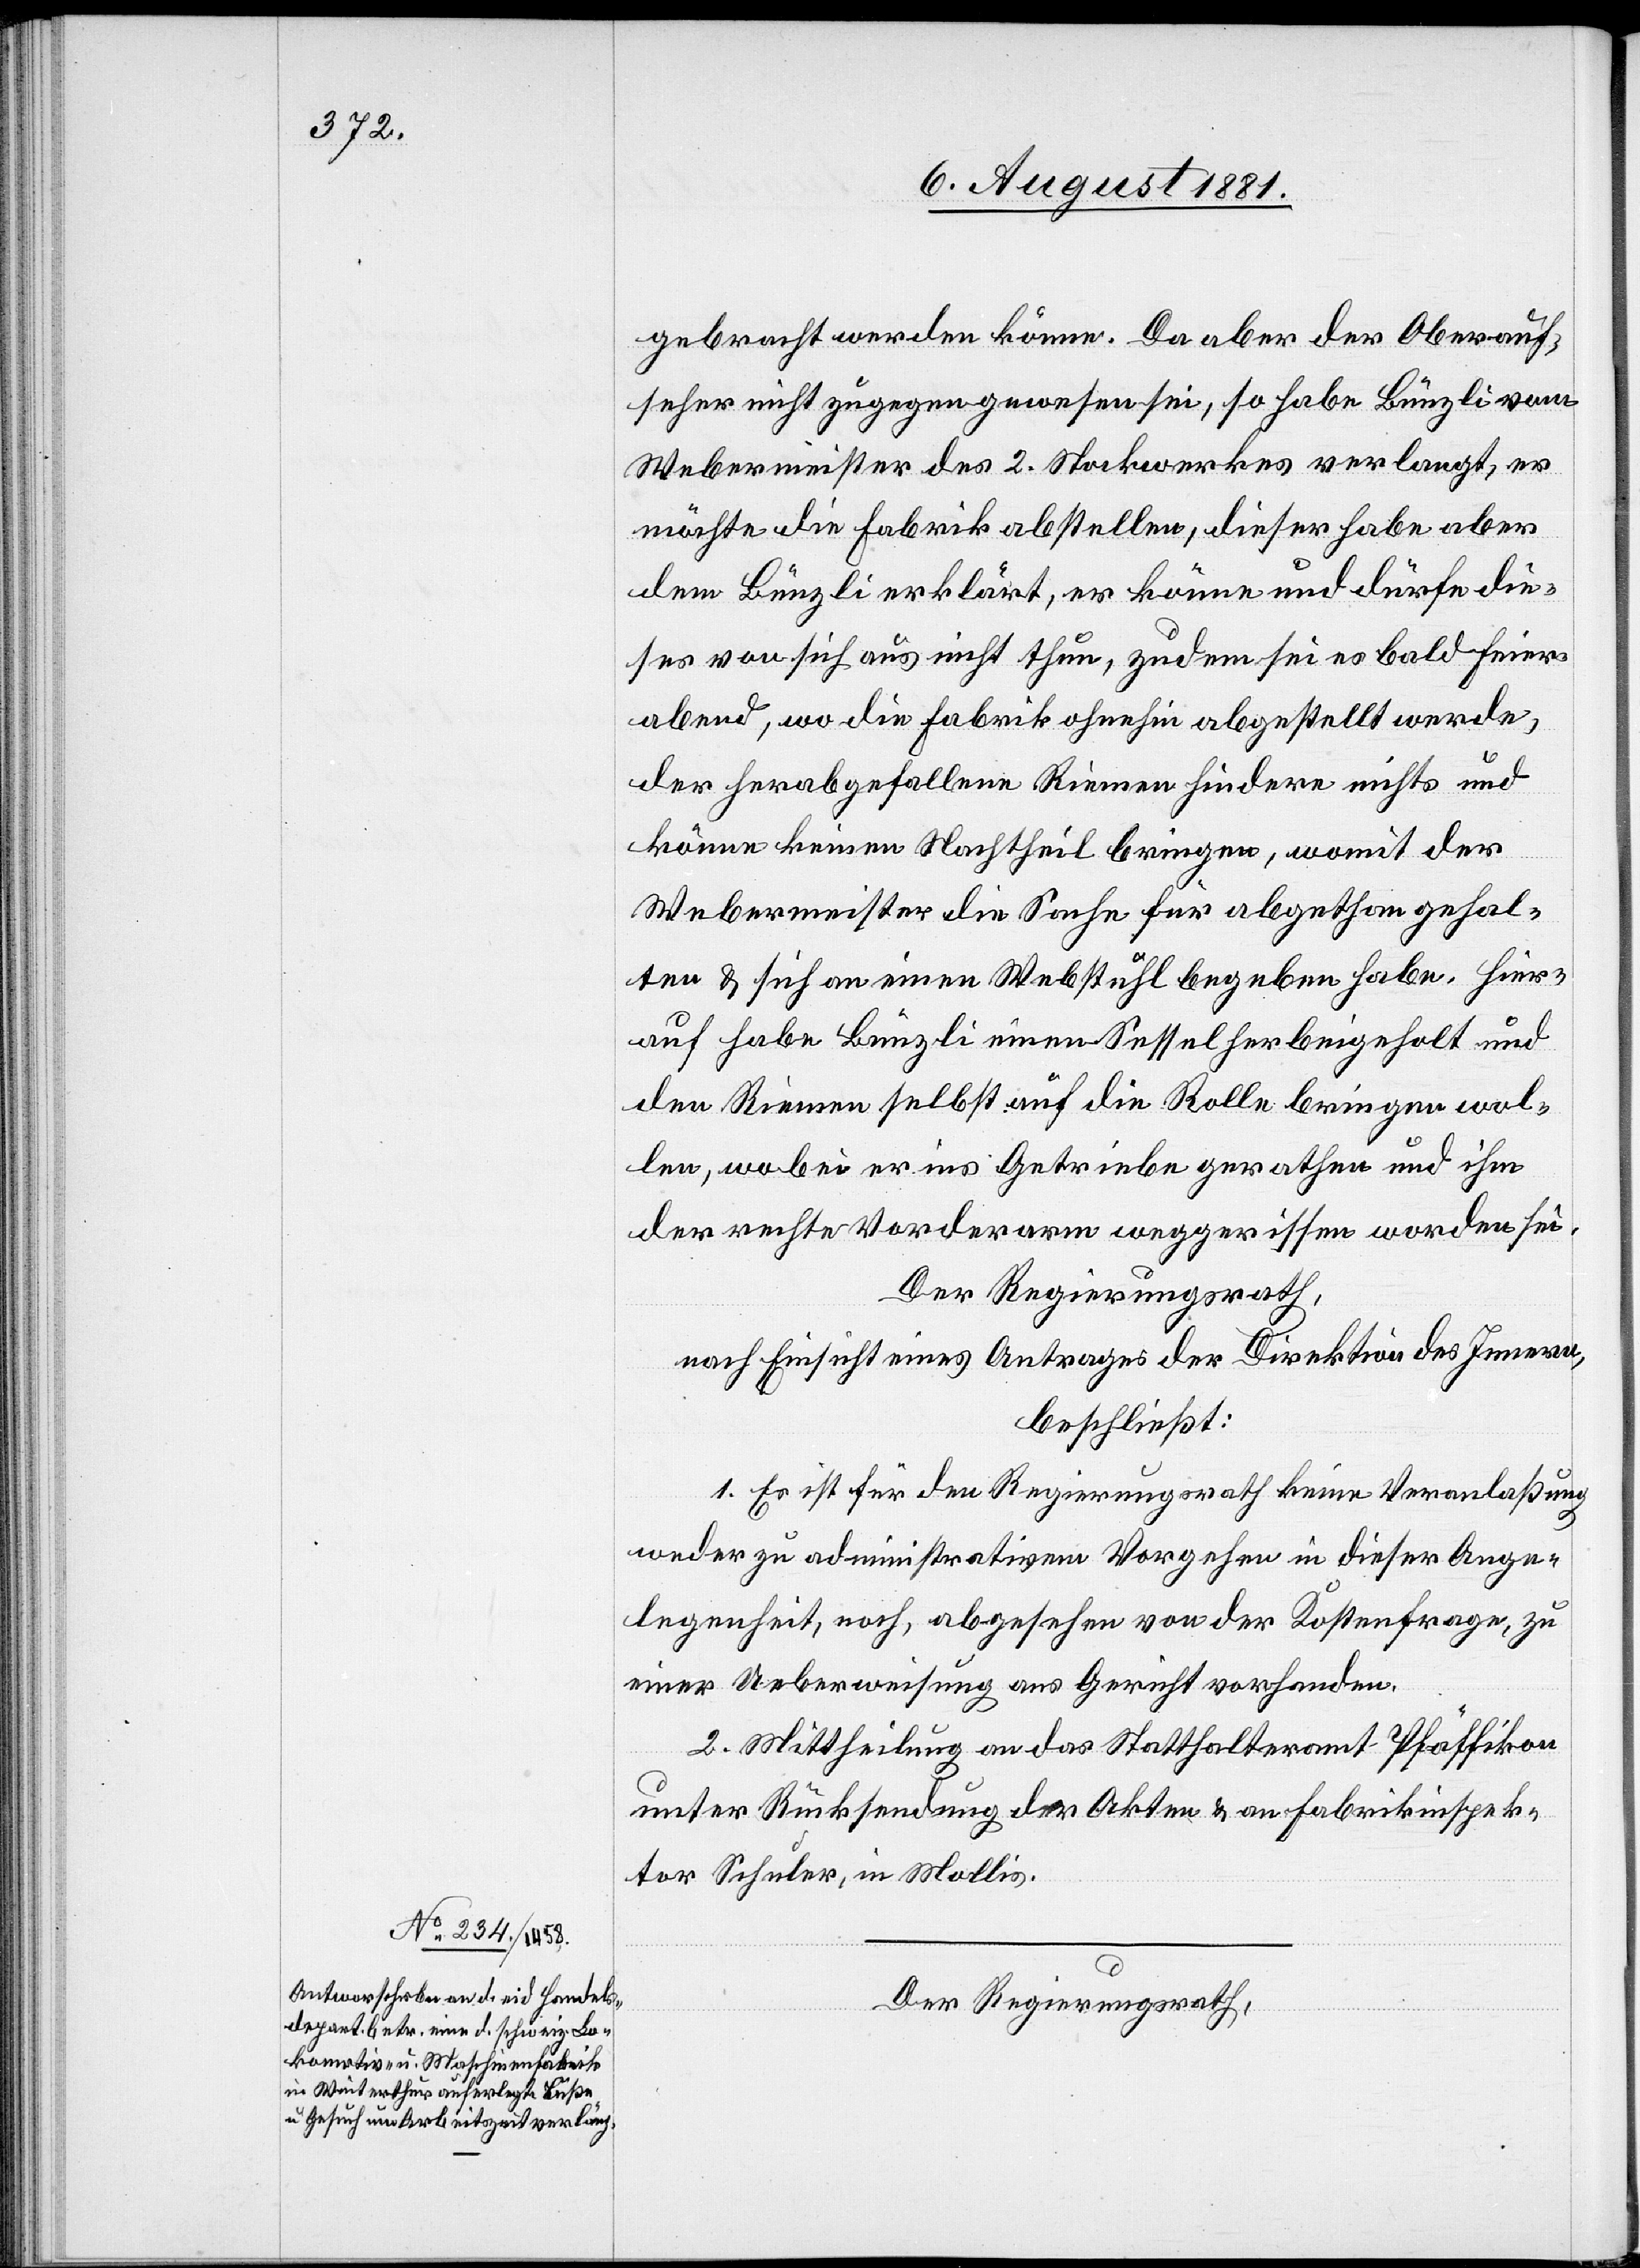
gebracht werden könne. Da aber der Oberauf¬
seher nicht zugegen gewesen sei, so habe Bünzli vom
Webermeister des 2. Stockwerkes verlangt, er
möchte die Fabrik abstellen, dieser habe aber
dem Bünzli erklärt, er könne und dürfe die¬
ses von sich aus nicht thun, zudem sei es bald Feier¬
abend, wo die Fabrik ohnehin abgestellt werde,
der herabgefallene Riemen hindere nichts und
könne keinen Nachtheil bringen, womit der
Webermeister die Sache für abgethan gehal¬
ten & sich an einen Webstuhl begeben habe. Hier¬
auf habe Bünzli einen Sessel herbeigeholt und
den Riemen selbst auf die Rolle bringen wol¬
len, wobei er ins Getriebe gerathen und ihm
der rechte Vorderarm weggerissen worden sei.
Der Regierungsrath,
nach Einsicht eines Antrages der Direktion des Innern,
beschließt:
1. Es ist für den Regierungsrath keine Veranlaßung
weder zu administrativem Vorgehen in dieser Ange¬
legenheit, noch, abgesehen von der Kostenfrage, zu
einer Ueberweisung ans Gericht vorhanden.
2. Mittheilung an das Statthalteramt Pfäffikon
unter Rückstellung der Akten & an Fabrikinspek¬
tor Schuler, in Mollis.
Der Regierungsrath,